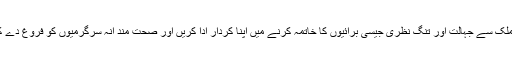
انھوں نے بچوں سے کہا کہ وہ کھیلوں کے میدان آباد کرکے ملک سے جہالت اور تنگ نظری جیسی برائیوں کا خاتمہ کرنے میں اپنا کردار ادا کریں اور صحت مند انہ سرگرمیوں کو فروغ دے کر وطنِ عزیز کی ترقی اور نیک نامی کا راستہ ہموار کریں ۔